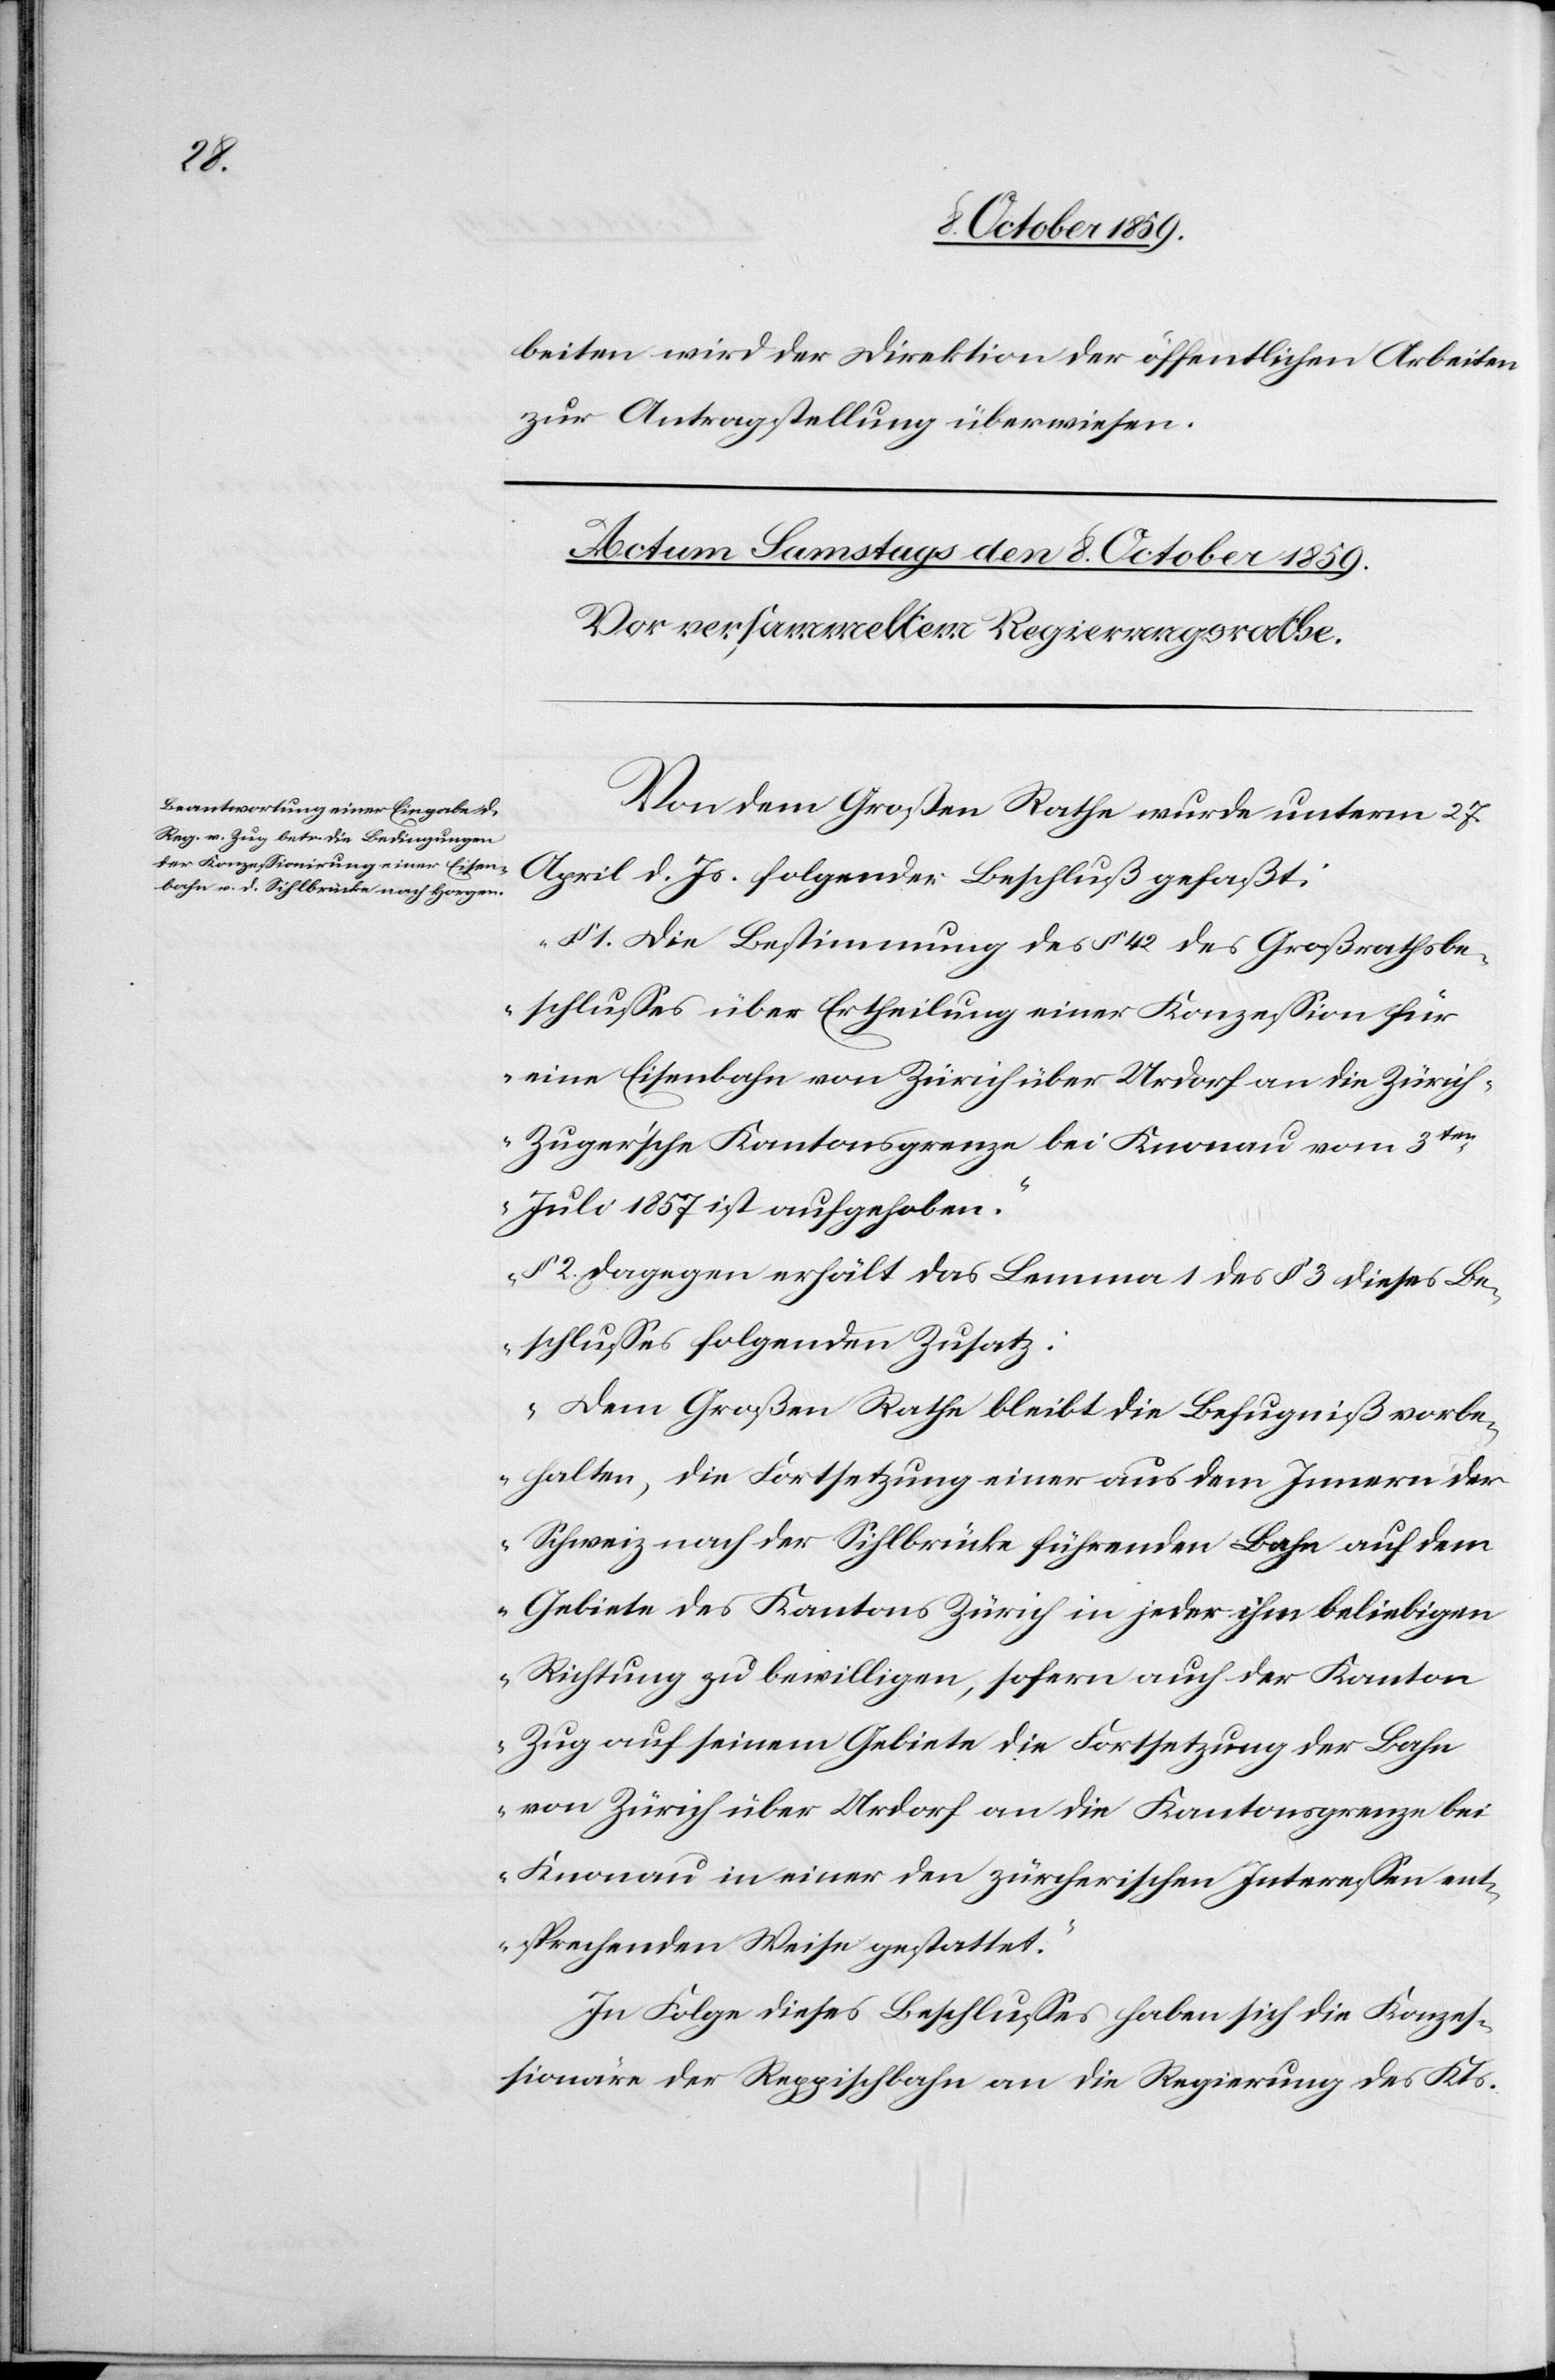
beiten wird der Direktion der öffentlichen Arbeiten
zur Antragstellung überwiesen.
Von dem Großen Rathe wurde unterm 27.
April d. Js. folgender Beschluß gefaßt:
„§ 1. Die Bestimmung des § 42 des Großrathsbe¬
schlusses über Ertheilung einer Konzession für
eine Eisenbahn von Zürich über Urdorf an die Züric¬
h-Zuger'sche Kantonsgrenze bei Knonau vom 3ten
Juli 1857 ist aufgehoben.
§ 2. dagegen erhält das Lemma 1 des § 3 dieses Be¬
schlusses folgenden Zusatz:
Dem Großen Rathe bleibt die Befugniß vorbe¬
halten, die Fortsetzung einer aus dem Innern der
Schweiz nach der Sihlbrücke führenden Bahn auf dem
Gebiete des Kantons Zürich in jeder ihm beliebigen
Richtung zu bewilligen, sofern auch der Kanton
Zug auf seinem Gebiete die Fortsetzung der Bahn
von Zürich über Urdorf an die Kantonsgrenze bei
Knonau in einer den zürcherischen Interessen ent¬
sprechenden Weise gestattet.“
In Folge dieses Beschlusses haben sich die Konzes¬
sionäre der Reppischbahn an die Regierung des Kts.